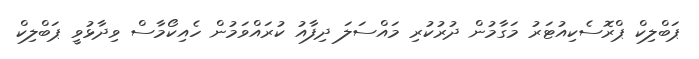
ޕަބްލިކް ޕްރޮސެކިއުޓަރު މަގާމުން ދުރުކުރި މައްސަލަ ދިފާއު ކުރައްވަމުން ހެއިކޯމާސް ވިދާޅުވީ ޕަބްލިކް